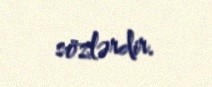
sözlərdir.